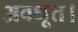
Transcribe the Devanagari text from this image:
अवधूत।